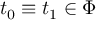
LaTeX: \; t _ { 0 } \equiv t _ { 1 } \in \Phi